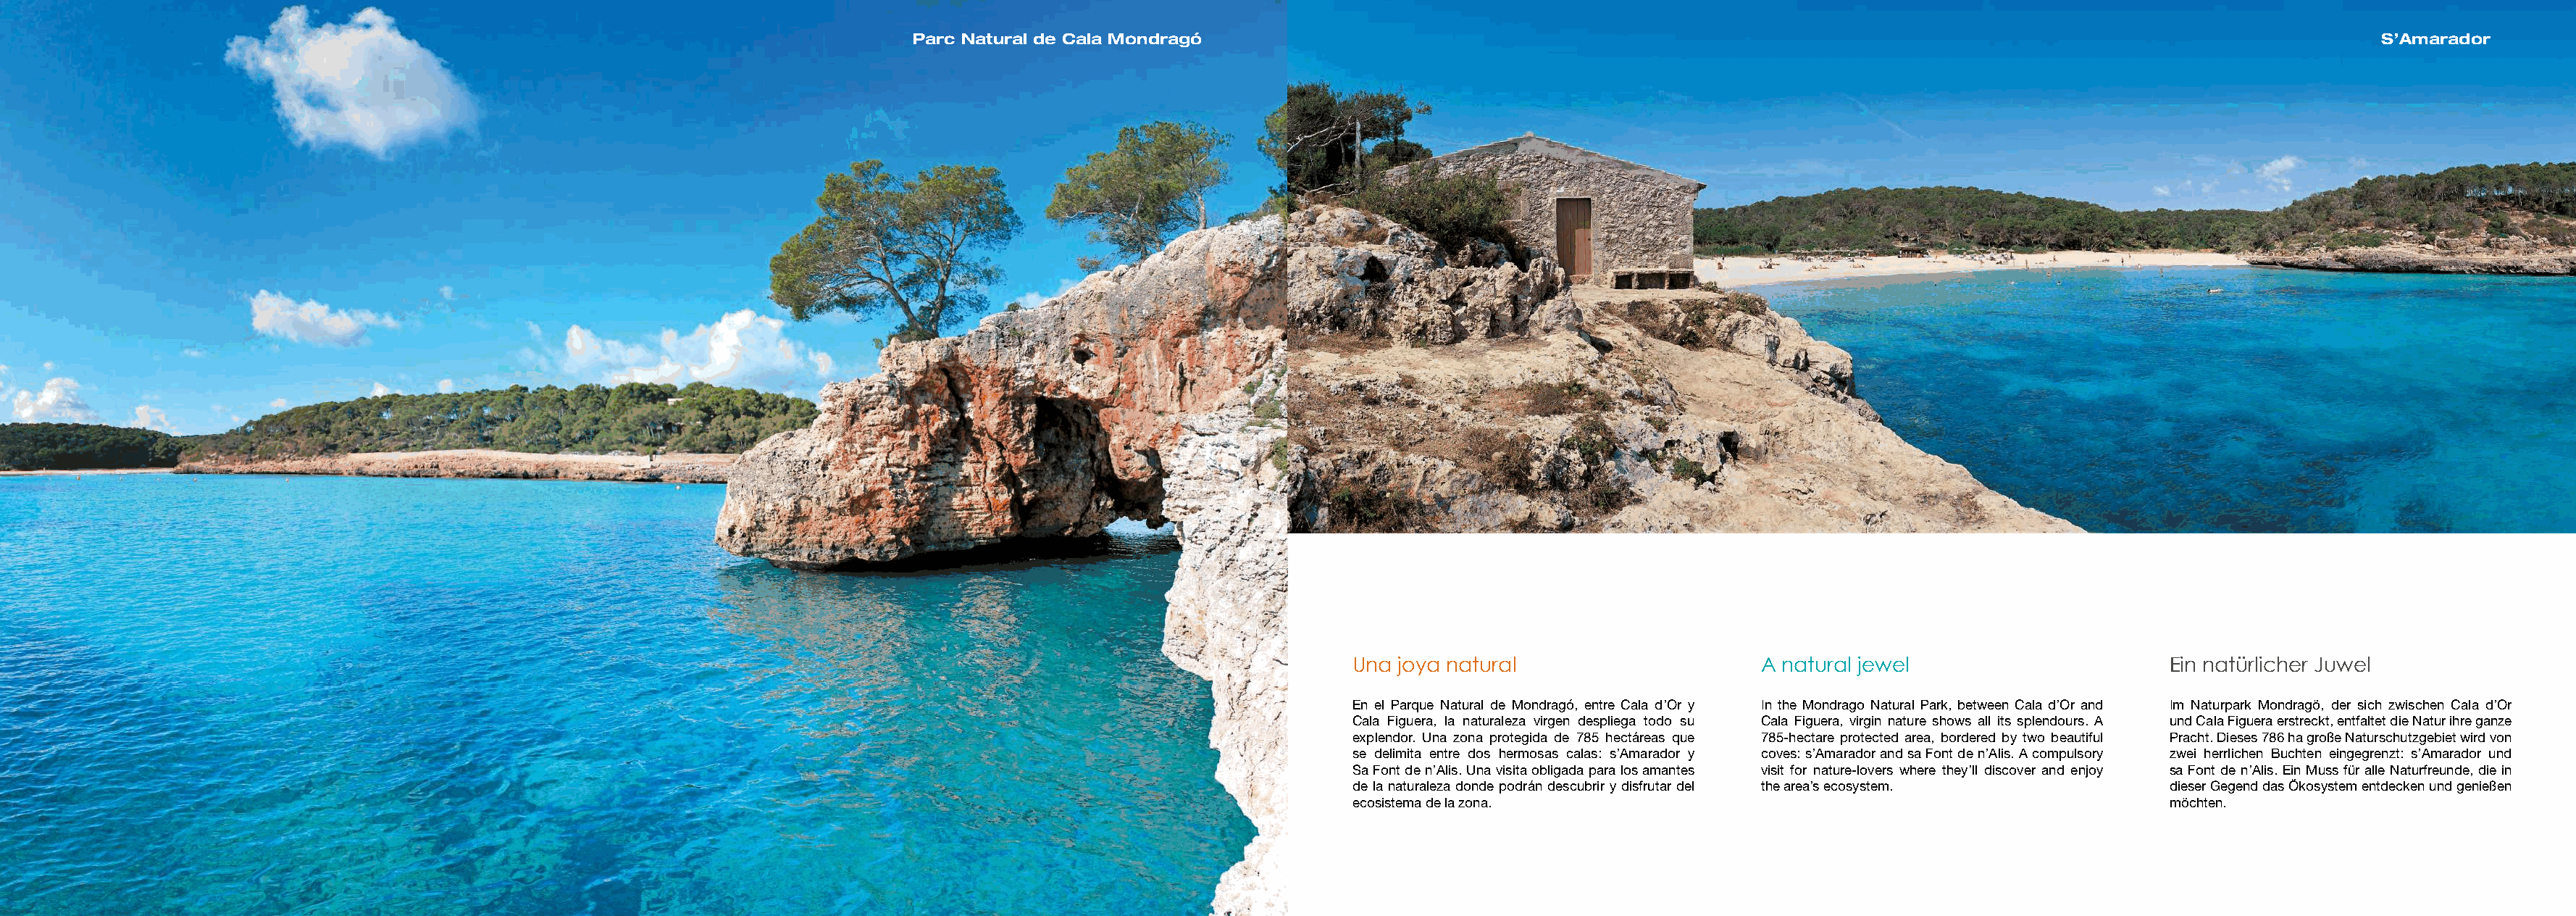
Parc Natural de Cala Mondragó                                                                                                          S’Amarador
 Una joya natural                     A natural jewel                      Ein natürlicher Juwel
 En el Parque Natural de Mondragó, entre Cala d’Or y In the Mondrago Natural Park, between Cala d’Or and Im Naturpark Mondragö, der sich zwischen Cala d’Or
 Cala Figuera, la naturaleza virgen despliega todo su Cala Figuera, virgin nature shows all its splendours. A und Cala Figuera erstreckt, entfaltet die Natur ihre ganze
 explendor. Una zona protegida de 785 hectáreas que 785-hectare protected area, bordered by two beautiful Pracht. Dieses 786 ha große Naturschutzgebiet wird von
 se delimita entre dos hermosas calas: s’Amarador y coves: s’Amarador and sa Font de n’Alis. A compulsory zwei herrlichen Buchten eingegrenzt: s’Amarador und
 Sa Font de n’Alis. Una visita obligada para los amantes visit for nature-lovers where they’ll discover and enjoy sa Font de n’Alis. Ein Muss für alle Naturfreunde, die in
 de la naturaleza donde podrán descubrir y disfrutar del the area’s ecosystem. dieser Gegend das Ökosystem entdecken und genießen
 ecosistema de la zona.                                                    möchten.